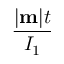
\frac { | { \bf m } | t } { I _ { 1 } }